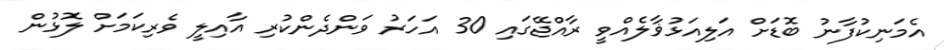
އެމަނިކުފާނު ބޮޑަށް އަލިއަޅުޥާލެއްވީ ރާއްޖޭގައި 30 އަހަރު ވަންދެންކުރި އާއިލީ ވެރިކަމަށް ލޮޅުން